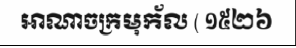
អាណាចក្រមុក័ល ( ១៥២៦